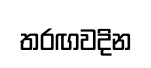
තරඟවදින